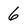
Character: 6